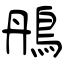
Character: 鴅